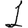
Digit: 1